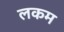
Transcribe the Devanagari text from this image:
लकम